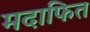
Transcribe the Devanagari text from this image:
मदाफित